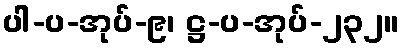
ပါ-ပ-အုပ်-၉၊ ဋ္ဌ-ပ-အုပ်-၂၃၂။